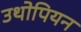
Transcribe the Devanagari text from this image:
उथोपियन